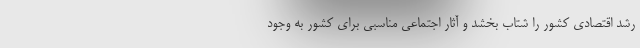
رشد اقتصادی کشور را شتاب بخشد و آثار اجتماعی مناسبی برای کشور به وجود